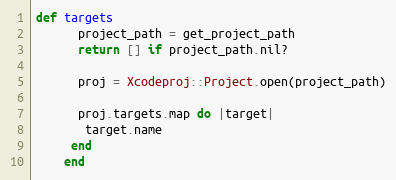
Language: Ruby
def targets
      project_path = get_project_path
      return [] if project_path.nil?

      proj = Xcodeproj::Project.open(project_path)

      proj.targets.map do |target|
       target.name
     end
    end